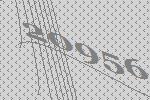
20956